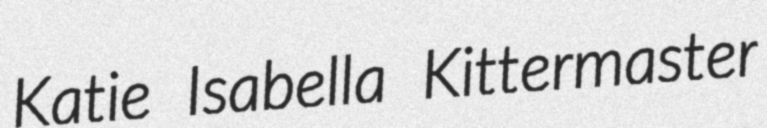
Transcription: Katie Isabella Kittermaster